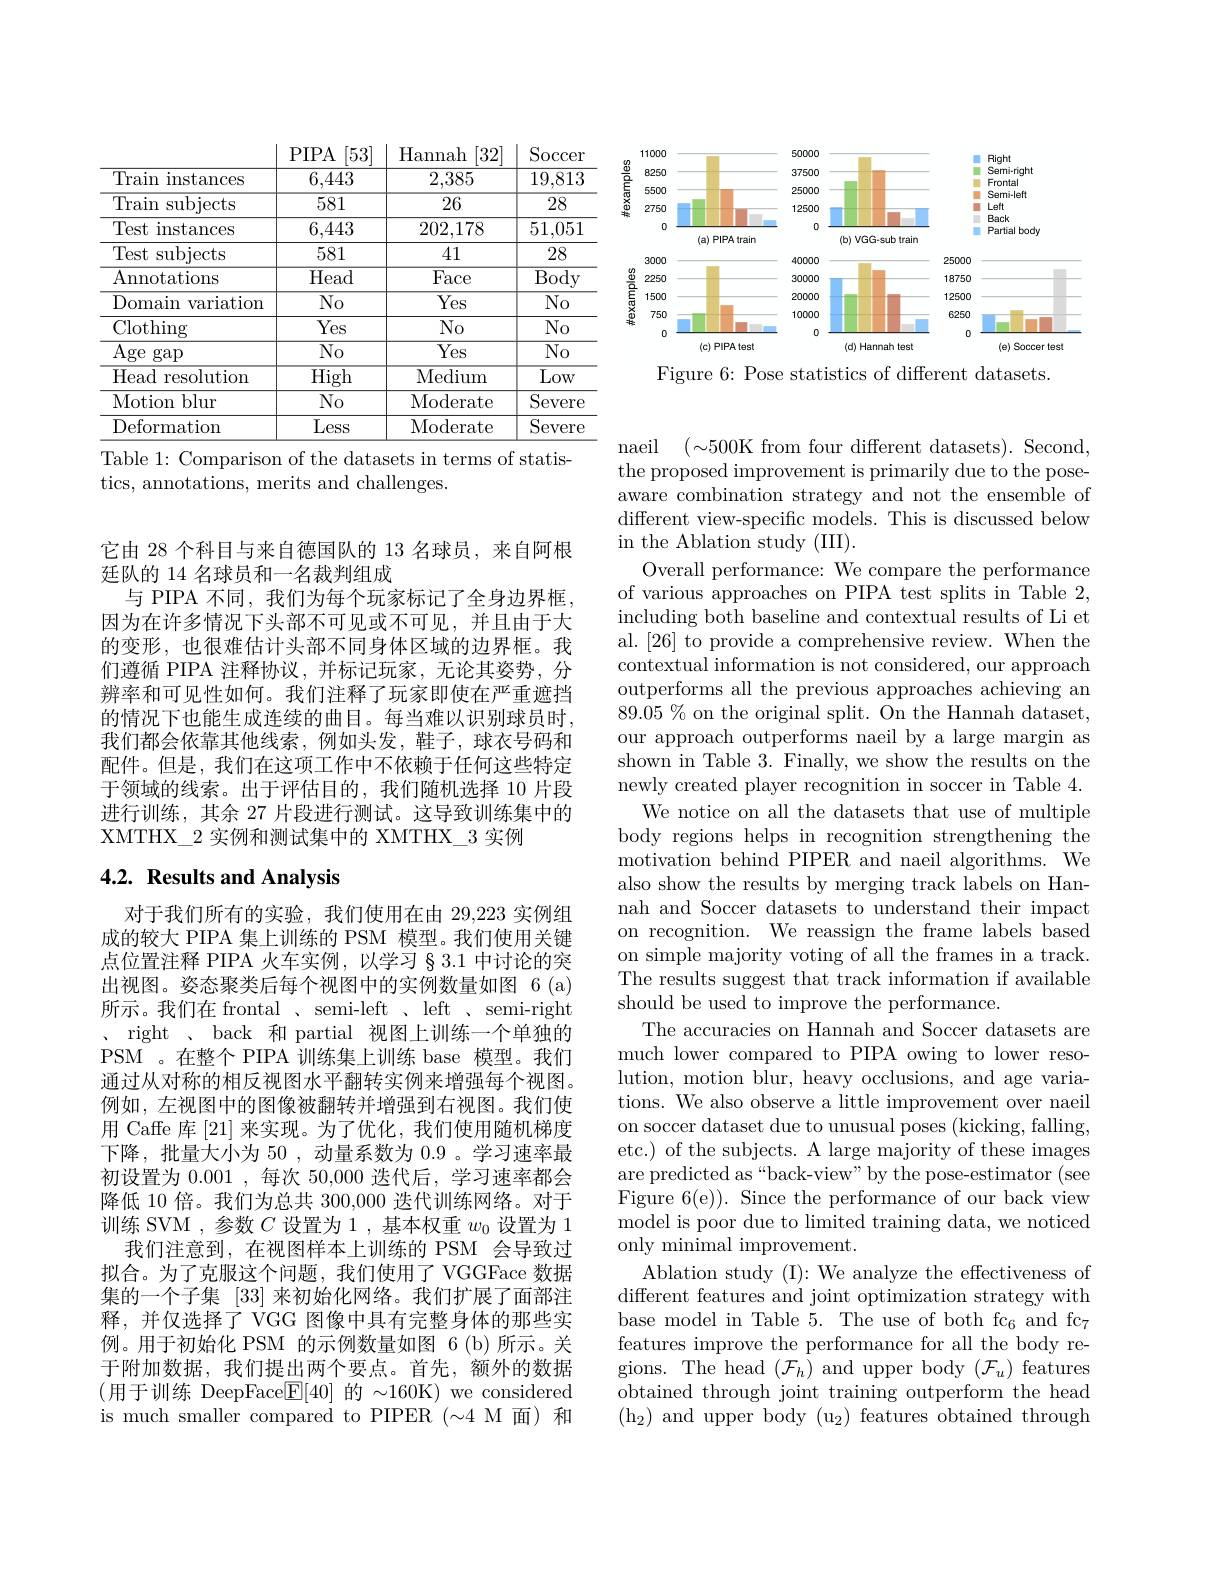
<FigureHere>
Figure 6: Pose statistics of different datasets.

<table>
	<tbody>
		<tr>
			<th> </th>
			<th>$PIPA$ [53]</th>
			<th>$\mathrm{H}_{\xi}$ lannah [32]</th>
			<th>$\operatorname{Soccer}$</th>
		</tr>
		<tr>
			<td>Train instances</td>
			<td>6,443</td>
			<td>2,385</td>
			<td>19,813</td>
		</tr>
		<tr>
			<td>Train s subjects</td>
			<td>581</td>
			<td>26</td>
			<td>28</td>
		</tr>
		<tr>
			<td>Test instances</td>
			<td>6,443</td>
			<td>202,178</td>
			<td>51,051</td>
		</tr>
		<tr>
			<td>Test subjects</td>
			<td>581</td>
			<td>41</td>
			<td>28</td>
		</tr>
		<tr>
			<td>Annotations</td>
			<td>Head</td>
			<td>Face</td>
			<td>$\overline{\mathrm{Body}}$</td>
		</tr>
		<tr>
			<td>Domain variation</td>
			<td>$\overline{\mathrm{No}}$</td>
			<td>$\overline{\mathrm{Yes}}$</td>
			<td>$\overline{\mathrm{No}}$</td>
		</tr>
		<tr>
			<td>Clothing</td>
			<td>Yes</td>
			<td>$No$</td>
			<td>$No$</td>
		</tr>
		<tr>
			<td>Age $\operatorname{gap}$</td>
			<td>$\overline{\mathrm{No}}$</td>
			<td>$\overline{\mathrm{Yes}}$</td>
			<td>$\overline{\mathrm{No}}$</td>
		</tr>
		<tr>
			<td>Head resolution</td>
			<td>$\overline{\mathrm{High}}$</td>
			<td>Medium</td>
			<td>$\overline{\mathrm{Low}}$</td>
		</tr>
		<tr>
			<td>Motion blur </td>
			<td>$\overline{\mathrm{No}}$</td>
			<td>Moderate</td>
			<td>Severe</td>
		</tr>
		<tr>
			<td>Deformation</td>
			<td>Less</td>
			<td>Moderate</td>
			<td>Severe</td>
		</tr>
	</tbody>
</table>
Table 1: Comparison of the datasets in terms of statis-

tics, annotations, merits and challenges.

它由 28 个科目与来自德国队的 13 名球员，来自阿根
廷队的 14 名球员和一名裁判组成
与 PIPA 不同，我们为每个玩家标记了全身边界框， 因为在许多情况下头部不可见或不可见，并且由于大的变形，也很难估计头部不同身体区域的边界框。我们遵循 PIPA 注释协议，并标记玩家，无论其姿势，分辨率和可见性如何。我们注释了玩家即使在严重遮挡的情况下也能生成连续的曲目。每当难以识别球员时， 我们都会依靠其他线索，例如头发，鞋子，球衣号码和配件。但是，我们在这项工作中不依赖于任何这些特定于领域的线索。出于评估目的，我们随机选择 10 片段进行训练，其余 27 片段进行测试。这导致训练集中的XMTHX\_2 实例和测试集中的 XMTHX\_3 实例

## 4.2. Results and Analysis

对于我们所有的实验，我们使用在由 29,223 实例组成的较大 PIPA 集上训练的 PSM 模型。我们使用关键点位置注释 PIPA 火车实例，以学习 § 3.1 中讨论的突出视图。姿态聚类后每个视图中的实例数量如图 6 (a) 所示。我们在 frontal 、semi-left 、left 、semi-right 、 right 、 back 和 partial 视图上训练一个单独的PSM 。在整个 PIPA 训练集上训练 base 模型。我们通过从对称的相反视图水平翻转实例来增强每个视图。例如，左视图中的图像被翻转并增强到右视图。我们使用 Caffe 库[21]来实现。为了优化，我们使用随机梯度下降，批量大小为 50 , 动量系数为0.9 。学习速率最初设置为0.001,每次 50,000 迭代后，学习速率都会降低 10 倍。我们为总共 300,000 迭代训练网络。对于训练 SVM ,参数$C$设置为 1 ,基本权重$w_0$设置为 1
我们注意到，在视图样本上训练的 PSM 会导致过拟合。为了克服这个问题，我们使用了 VGGFace 数据集的一个子集[33]来初始化网络。我们扩展了面部注释，并仅选择了 VGG 图像中具有完整身体的那些实例。用于初始化 PSM 的示例数量如图 6(b)所示。关于附加数据，我们提出两个要点。首先，额外的数据(用于训练 DeepFace$\boxed{\mathrm{F}}[40]$ 的 $\sim160$K)we considered is much smaller compared to PIPER $(\sim4$ M 面)和

naeil $(\sim500$K from four different datasets). Second the proposed improvement is primarily due to the poseaware combination strategy and not the ensemble of different view-specific models. This is discussed below in the Ablation study (III).
Overall performance: We compare the performance of various approaches on PIPA test splits in Table 2, including both baseline and contextual results of Li et al. [26] to provide a comprehensive review. When the contextual information is not considered, our approach outperforms all the previous approaches achieving an $89.05\%$ on the original split. On the Hannah dataset, our approach outperforms naeil by a large margin as shown in Table 3. Finally, we show the results on the newly created player recognition in soccer in Table 4.
We notice on all the datasets that use of multiple body regions helps in recognition strengthening the motivation behind PIPER and naeil algorithms. We also show the results by merging track labels on Hannah and Soccer datasets to understand their impact on recognition. We reassign the frame labels based on simple majority voting of all the frames in a track The results suggest that track information if available should be used to improve the performance.
The accuracies on Hannah and Soccer datasets are much lower compared to PIPA owing to lower resolution, motion blur, heavy occlusions, and age variations. We also observe a little improvement over naeil on soccer dataset due to unusual poses (kicking, falling, etc.) of the subjects. A large majority of these images are predicted as“back-view”by the pose-estimator (see Figure 6(e)). Since the performance of our back view model is poor due to limited training data, we noticed only minimal improvement.
Ablation study (I): We analyze the effectiveness of different features and joint optimization strategy with base model in Table 5. The use of both fc$_6$ and fc$_7$ features improve the performance for all the body regions. The head $(\mathcal{F}_h)$ and upper body $(\mathcal{F}_u)$ features obtained through joint training outperform the head $(\mathrm{h}_{2})$ and upper body $(\mathrm{u}_{2})$ features obtained through